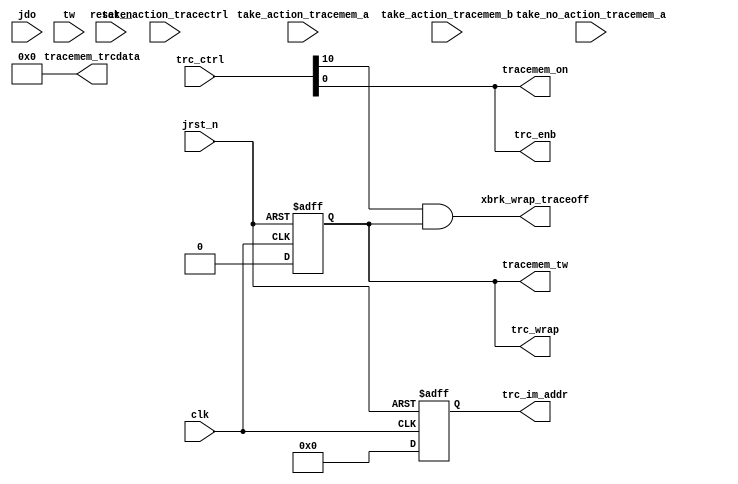
module SOC_NIOS_II_nios2_oci_im (
                                   clk,
                                   jdo,
                                   jrst_n,
                                   reset_n,
                                   take_action_tracectrl,
                                   take_action_tracemem_a,
                                   take_action_tracemem_b,
                                   take_no_action_tracemem_a,
                                   trc_ctrl,
                                   tw,
                                   tracemem_on,
                                   tracemem_trcdata,
                                   tracemem_tw,
                                   trc_enb,
                                   trc_im_addr,
                                   trc_wrap,
                                   xbrk_wrap_traceoff
                                )
;
  output           tracemem_on;
  output  [ 35: 0] tracemem_trcdata;
  output           tracemem_tw;
  output           trc_enb;
  output  [  6: 0] trc_im_addr;
  output           trc_wrap;
  output           xbrk_wrap_traceoff;
  input            clk;
  input   [ 37: 0] jdo;
  input            jrst_n;
  input            reset_n;
  input            take_action_tracectrl;
  input            take_action_tracemem_a;
  input            take_action_tracemem_b;
  input            take_no_action_tracemem_a;
  input   [ 15: 0] trc_ctrl;
  input   [ 35: 0] tw;
  wire             tracemem_on;
  wire    [ 35: 0] tracemem_trcdata;
  wire             tracemem_tw;
  wire             trc_enb;
  reg     [  6: 0] trc_im_addr ;
  wire    [ 35: 0] trc_im_data;
  reg     [ 16: 0] trc_jtag_addr ;
  wire             trc_on_chip;
  reg              trc_wrap ;
  wire             tw_valid;
  wire             xbrk_wrap_traceoff;
  assign trc_im_data = tw;
  always @(posedge clk or negedge jrst_n)
    begin
      if (jrst_n == 0)
        begin
          trc_im_addr <= 0;
          trc_wrap <= 0;
        end
      else if (!0)
        begin
          trc_im_addr <= 0;
          trc_wrap <= 0;
        end
      else if (take_action_tracectrl && 
                      (jdo[4] | jdo[3]))
        begin
          if (jdo[4])
              trc_im_addr <= 0;
          if (jdo[3])
              trc_wrap <= 0;
        end
      else if (trc_enb & trc_on_chip & tw_valid)
        begin
          trc_im_addr <= trc_im_addr+1;
          if (&trc_im_addr)
              trc_wrap <= 1;
        end
    end
  always @(posedge clk or negedge reset_n)
    begin
      if (reset_n == 0)
          trc_jtag_addr <= 0;
      else if (take_action_tracemem_a ||
                take_no_action_tracemem_a || 
                take_action_tracemem_b)
          trc_jtag_addr <= take_action_tracemem_a ? 
                    jdo[35 : 19] : 
                    trc_jtag_addr + 1;
    end
  assign trc_enb = trc_ctrl[0];
  assign trc_on_chip = ~trc_ctrl[8];
  assign tw_valid = |trc_im_data[35 : 32];
  assign xbrk_wrap_traceoff = trc_ctrl[10] & trc_wrap;
  assign tracemem_tw = trc_wrap;
  assign tracemem_on = trc_enb;
  assign tracemem_trcdata = 0;
endmodule